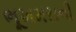
ભૂખમરાની